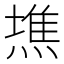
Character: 𤍫